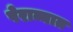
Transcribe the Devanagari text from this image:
पेराव्यात